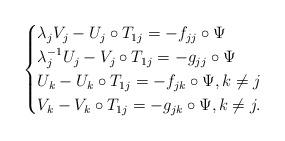
LaTeX: \begin{align*}\begin{cases}\lambda_{j}V_j-U_j\circ T_{1 j}= - f_{j j}\circ \Psi\\\lambda_{j}^{-1}U_j-V_j\circ T_{1 j}=-g_{j j}\circ \Psi\\U_k-U_k\circ T_{1 j}=- f_{jk}\circ \Psi,k\neq j\\V_k-V_k\circ T_{1 j}=- g_{jk}\circ \Psi,k\neq j.\end{cases}\end{align*}